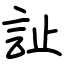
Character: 訨